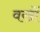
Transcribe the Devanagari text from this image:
वखों